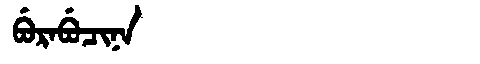
Manchu: ᠪᡠᡵᠠᠪᡠᠴᡳᠨᠠ
Romanization: BURABUCINA